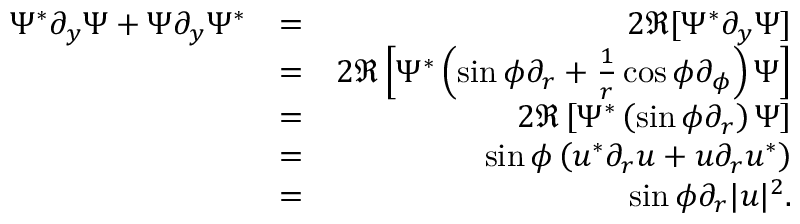
\begin{array} { r l r } { \Psi ^ { * } \partial _ { y } \Psi + \Psi \partial _ { y } \Psi ^ { * } } & { = } & { 2 \Re [ \Psi ^ { * } \partial _ { y } \Psi ] } \\ & { = } & { 2 \Re \left[ \Psi ^ { * } \left( \sin \phi \partial _ { r } + \frac { 1 } { r } \cos \phi \partial _ { \phi } \right) \Psi \right] } \\ & { = } & { 2 \Re \left[ \Psi ^ { * } \left( \sin \phi \partial _ { r } \right) \Psi \right] } \\ & { = } & { \sin \phi \left( u ^ { * } \partial _ { r } u + u \partial _ { r } u ^ { * } \right) } \\ & { = } & { \sin \phi \partial _ { r } | u | ^ { 2 } . } \end{array}